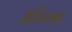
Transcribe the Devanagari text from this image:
आदिनाथबुवा